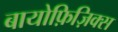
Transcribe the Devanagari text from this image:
बायोफ़िज़िक्स